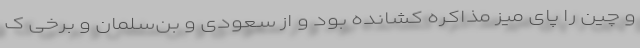
و چین را پای میز مذاکره کشانده بود و از سعودی و بن‌سلمان و برخی ک